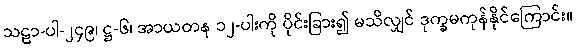
သဠာ-ပါ-၂၄၉၊ ဋ္ဌ-၆၊ အာယတန ၁၂-ပါးကို ပိုင်းခြား၍ မသိလျှင် ဒုက္ခမကုန်နိုင်ကြောင်း။